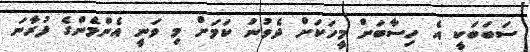
ސަބަބަކީ އެ ހިސާބަށް މީހަކަށް ދެވުނު ކަމަށް މި ވަނީ އެންމެންގެ ފުރާނަ